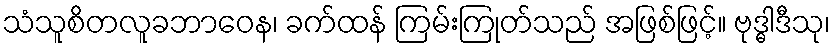
သံသူစိတလူခဘာဝေန၊ ခက်ထန် ကြမ်းကြုတ်သည် အဖြစ်ဖြင့်။ ဗုဒ္ဓါဒီသု၊